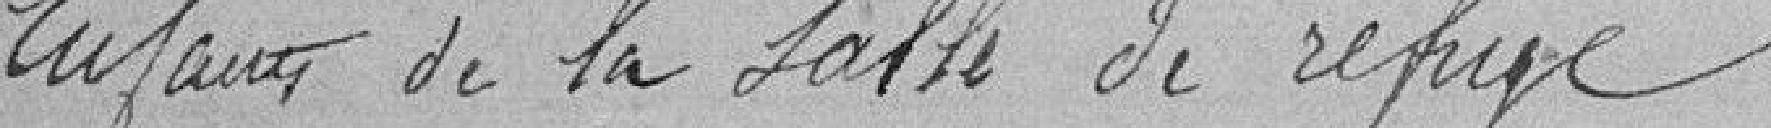
enfants de la salle de refuge